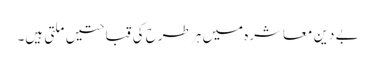
بے دین معاشرہ میں ہر طرح کی قباحتیں ملتی ہیں۔